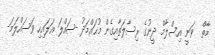
މާތް  ވަނީ އިސްލާމް ދީނުގެ ރިސާލަތާއިގެން މުޙައްމަދު -ޞައްލަ ޢަލައިހި ވަސައްލަމަ-